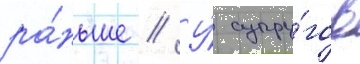
ра́ньше // У́ супру́гов